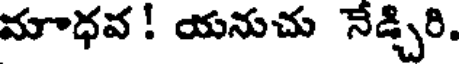
మాధవ ! యనుచు నేడ్చిరి.